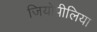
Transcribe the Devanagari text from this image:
जियोपीलिया